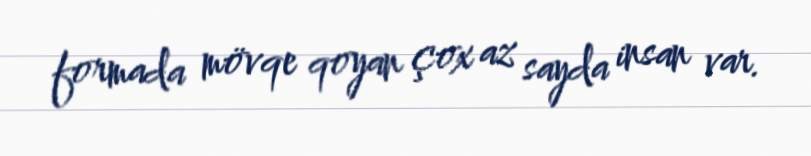
formada mövqe qoyan çox az sayda insan var.